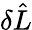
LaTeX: \delta\hat{L}